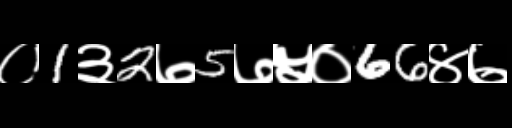
Text: ०1३2७5७५०66४७